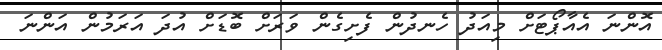
އޮންނަ އެއާޕޯޓަށް މިއަދު ހެނދުން ފެށިގެން ވަރަށް ބޮޑަށް އުދަ އަރަމުން އަންނަ